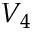
V _ { 4 }